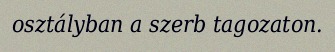
osztályban a szerb tagozaton.